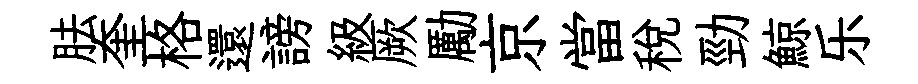
胠奎格還謗級厥勵京當税勁鯨乐